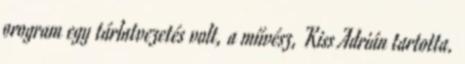
program egy tárlatvezetés volt, a művész, Kiss Adrián tartotta.